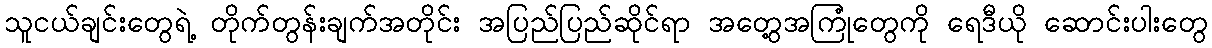
သူငယ်ချင်းတွေရဲ့ တိုက်တွန်းချက်အတိုင်း အပြည်ပြည်ဆိုင်ရာ အတွေ့အကြုံတွေကို ရေဒီယို ဆောင်းပါးတွေ